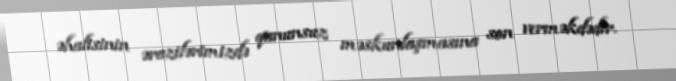
əhalisinin ərazilərimizdə qanunsuz məskunlaşmasına son verməkdədir.